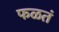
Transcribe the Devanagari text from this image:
फळतं